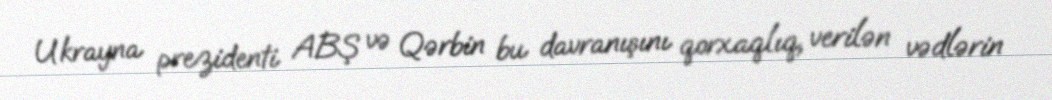
Ukrayna prezidenti ABŞ və Qərbin bu davranışını qorxaqlıq, verilən vədlərin